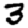
Digit: 3